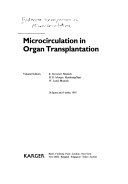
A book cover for Microcirculation in Organ Transplantation: 12th Bodenseee Symposium on Microcirculation, Bad Schachen, June 1993 (Progress in Applied Microcirculation, Vol. 21); Health, Fitness & Dieting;